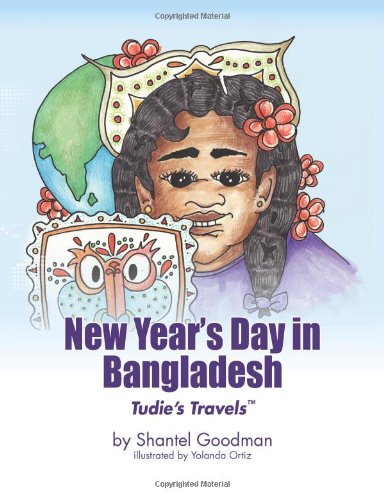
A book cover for New Year's Day in Bangladesh: Tudie's Travels; Shantel Goodman; Travel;